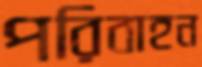
পরিবাহন